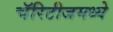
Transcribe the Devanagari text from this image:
चॅरिटीजमध्ये